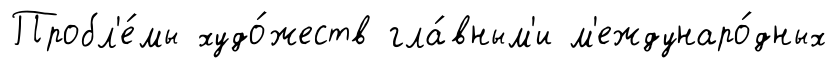
Пробл'е́мы худо́жеств гла́вным'и м'еждунаро́дных